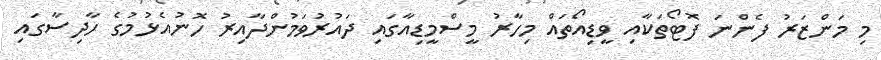
މި މަންޒަރު ފެންނަ ފޮޓޯތަކާއި ވީޑިއޯތައް މިހާރު މީސްމީޑިއާގައި ދައުރުވަމުންދާއިރު ހޮނުއެޅުމުގެ ހާދިސާގައި